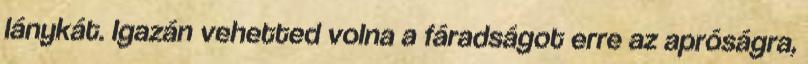
lánykát. Igazán vehetted volna a fáradságot erre az apróságra,